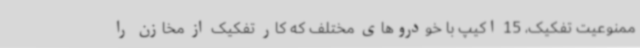
ممنوعیت تفکیک، 15 اکیپ با خودروهای مختلف که کار تفکیک از مخازن را